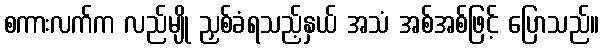
စကားလက်က လည်မျို ညှစ်ခံရသည့်နှယ် အသံ အစ်အစ်ဖြင့် ပြောသည်။